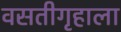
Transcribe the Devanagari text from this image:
वसतीगृहाला